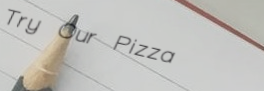
Try Our Pizza